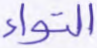
التواء